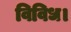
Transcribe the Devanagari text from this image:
विविध।